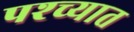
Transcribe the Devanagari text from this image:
पश्‍च्यात